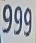
999